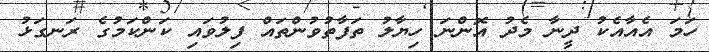
ހަމަ އެއާއެކު ދީނާ މެދު އޮންނަ ހިޔާލު ތަފާތުވުންތައް ފިލުވައި ކަންކަމުގެ ރަނގަޅު